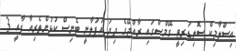
އިސްލާމިކް ސޮލިޑަރިޓީ ގޭމްސްގައި ރާއްޖޭގެ ދިދަ އުފުލާނީ ޓެނިސް ކުޅުންތެރިއާ ފާއީ 3